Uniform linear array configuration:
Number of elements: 48
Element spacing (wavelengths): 1
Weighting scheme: uniform
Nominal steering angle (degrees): -60
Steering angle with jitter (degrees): -60.322
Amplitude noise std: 0.05
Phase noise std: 0.05

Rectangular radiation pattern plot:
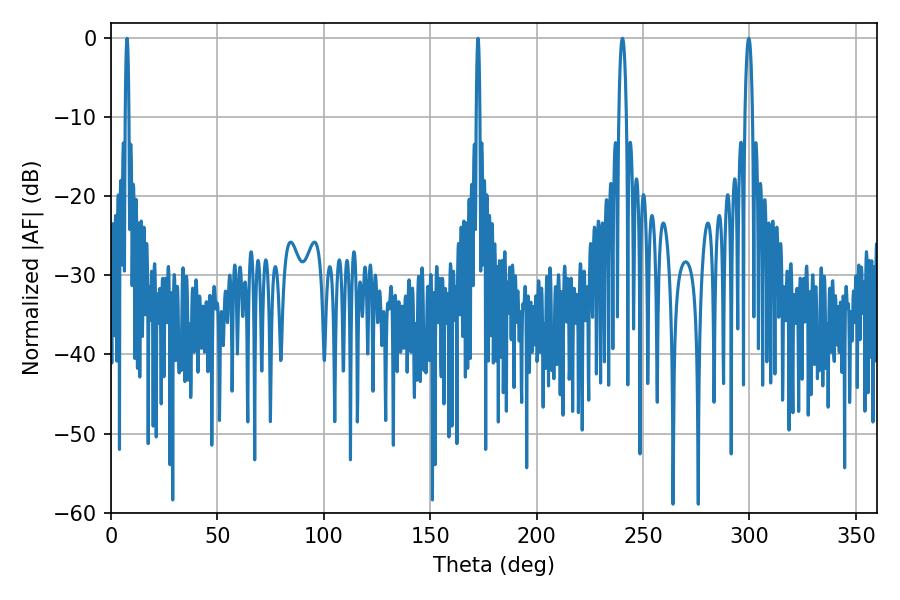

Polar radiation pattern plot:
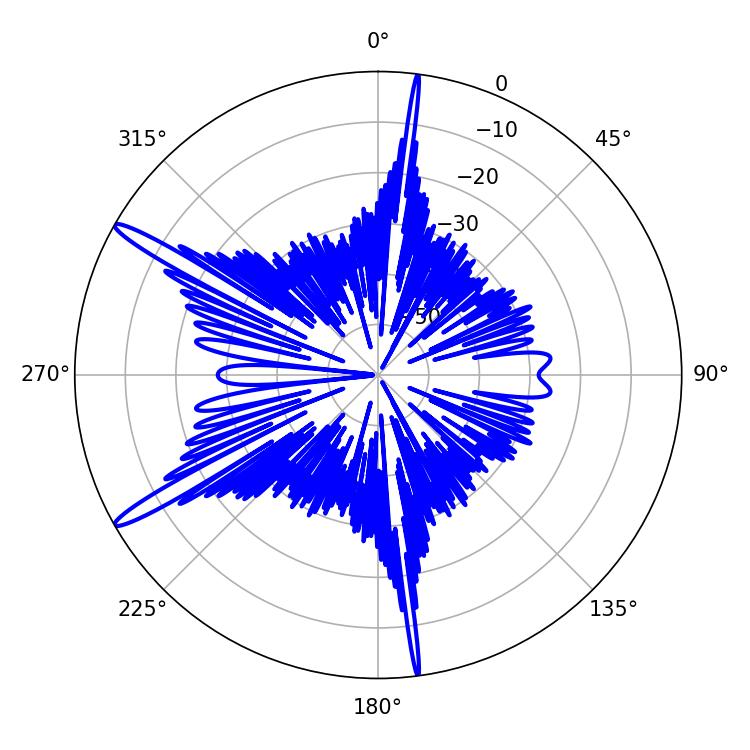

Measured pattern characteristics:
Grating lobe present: TRUE
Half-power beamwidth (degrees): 1.98
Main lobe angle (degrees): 240.3